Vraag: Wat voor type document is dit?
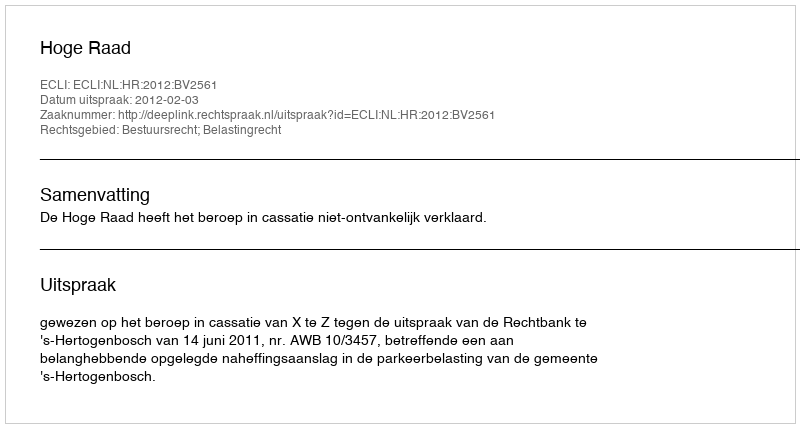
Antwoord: Uitspraak